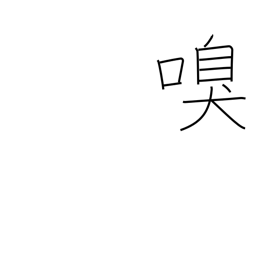
Meaning: sniff